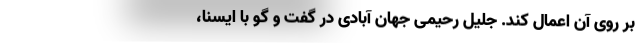
بر روی آن اعمال کند. جلیل رحیمی جهان آبادی در گفت و گو با ایسنا،